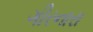
ગીરનારા